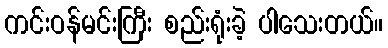
ကင်းဝန်မင်းကြီး စည်းရုံးခဲ့ ပါသေးတယ်။